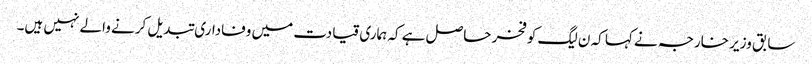
سابق وزیر خارجہ نے کہا کہ ن لیگ کو فخر حاصل ہے کہ ہماری قیادت میں وفاداری تبدیل کرنے والے نہیں ہیں۔